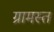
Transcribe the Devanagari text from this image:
ग्रामस्त